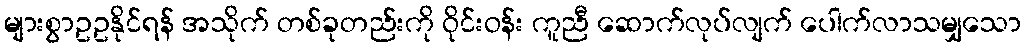
များစွာဥဥနိုင်ရန် အသိုက် တစ်ခုတည်းကို ဝိုင်းဝန်း ကူညီ ဆောက်လုပ်လျက် ပေါက်လာသမျှသော